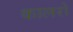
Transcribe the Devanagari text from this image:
कालरों